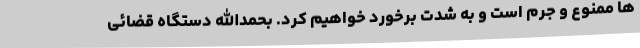
ها ممنوع و جرم است و به شدت برخورد خواهیم کرد. بحمدالله دستگاه قضائی